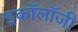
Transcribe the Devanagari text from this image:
इकाॅलाॅजी